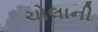
ચોલાની